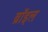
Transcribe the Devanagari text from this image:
ब्रॉइल